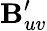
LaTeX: \mathbf{B}_{uv}^{\prime}